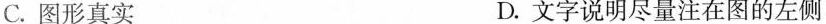
C.图形真实 D.文字说明尽量注在图的左侧